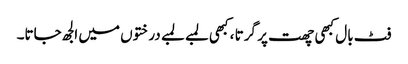
فٹ بال کبھی چھت پر گرتا ، کبھی لمبے لمبے درختوں میں الجھ جاتا۔